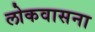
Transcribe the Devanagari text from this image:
लोकवासना